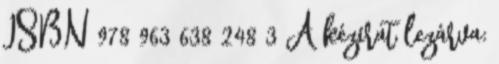
ISBN 978 963 638 248 3 A kézirat lezárva: